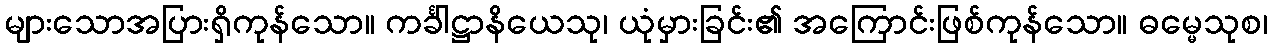
များသောအပြားရှိကုန်သော။ ကင်္ခါဋ္ဌာနိယေသု၊ ယုံမှားခြင်း၏ အကြောင်းဖြစ်ကုန်သော။ ဓမ္မေသုစ၊